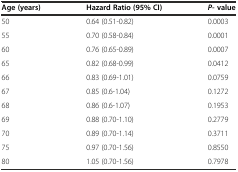
<table><thead><tr><td><b>Age (years)</b></td><td><b>Hazard Ratio (95% CI)</b></td><td><b><i>P-</i>value</b></td></tr></thead><tbody><tr><td>50</td><td>0.64 (0.51-0.82)</td><td>0.0003</td></tr><tr><td>55</td><td>0.70 (0.58-0.84)</td><td>0.0001</td></tr><tr><td>60</td><td>0.76 (0.65-0.89)</td><td>0.0007</td></tr><tr><td>65</td><td>0.82 (0.68-0.99)</td><td>0.0412</td></tr><tr><td>66</td><td>0.83 (0.69-1.01)</td><td>0.0759</td></tr><tr><td>67</td><td>0.85 (0.6-1.04)</td><td>0.1272</td></tr><tr><td>68</td><td>0.86 (0.6-1.07)</td><td>0.1953</td></tr><tr><td>69</td><td>0.88 (0.70-1.10)</td><td>0.2779</td></tr><tr><td>70</td><td>0.89 (0.70-1.14)</td><td>0.3711</td></tr><tr><td>75</td><td>0.97 (0.70-1.56)</td><td>0.8550</td></tr><tr><td>80</td><td>1.05 (0.70-1.56)</td><td>0.7978</td></tr></tbody></table>